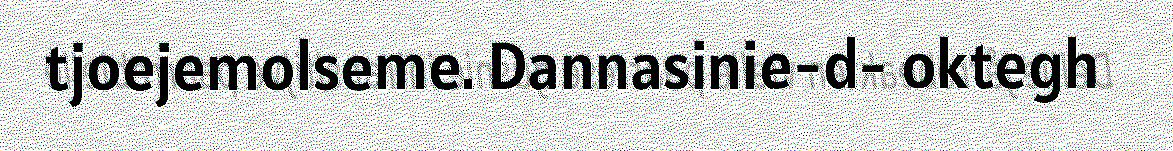
tjoejemolseme. Dannasinie-d- oktegh